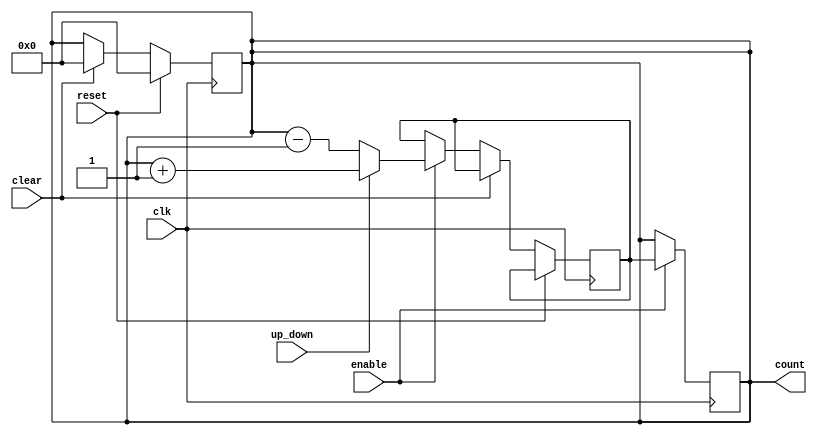
module UpDownCounter (
    input wire clk,     // Clock input
    input wire reset,   // Reset signal
    input wire clear,   // Clear signal
    input wire up_down, // Up/Down control signal
    input wire enable,  // Enable signal
    output reg [7:0] count // 8-bit count output
);

reg [7:0] next_count; // Next count value

always @ (posedge clk) begin
    if (reset) begin
        count <= 8'b00000000; // Reset count to 0
    end else if (clear) begin
        count <= 8'b00000000; // Clear count to 0
    end else if (enable) begin
        if (up_down) begin
            // Increment count
            next_count <= count + 8'b00000001;
        end else begin
            // Decrement count
            next_count <= count - 8'b00000001;
        end
    end
end

always @ (posedge clk) begin
    if (enable) begin
        count <= next_count; // Update count with next count value
    end
end

endmodule